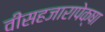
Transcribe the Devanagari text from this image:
वीसहजारापेक्षा